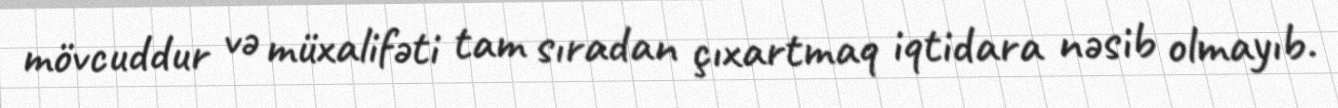
mövcuddur və müxalifəti tam sıradan çıxartmaq iqtidara nəsib olmayıb.